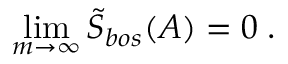
\operatorname * { l i m } _ { m \rightarrow \infty } \tilde { S } _ { b o s } ( A ) = 0 \; .